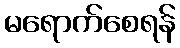
မရောက်စေရန်